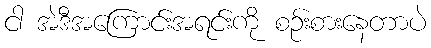
ငါ အဲဒီအကြောင်းအရင်းကို စဉ်းစားနေတာပဲ